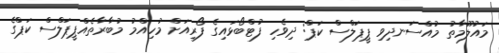
މައުލޫމާތު މުއްސަނދިވި ޕީޕަލްސް ކަޕް: ދިވެހި ފުޓްބޯޅައިގެ ފޯރިއަށް މުހިއްމު މުބާރާތެއްޕީޕަލްސް ކަޕްގެ